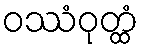
ဝဿံဝုတ္ထံ